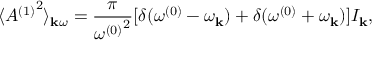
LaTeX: \langle { A ^ { ( 1 ) } } ^ { 2 } \rangle _ { { \bf k } \omega } = { \frac { \pi } { { \omega ^ { ( 0 ) } } ^ { 2 } } } [ \delta ( \omega ^ { ( 0 ) } - \omega _ { \bf k } ) + \delta ( \omega ^ { ( 0 ) } + \omega _ { \bf k } ) ] I _ { \bf k } ,